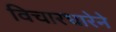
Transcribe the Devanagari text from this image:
विचारधारेने